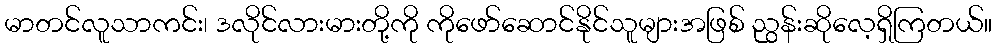
မာတင်လူသာကင်း၊ ဒလိုင်လားမားတို့ကို ကိုဖော်ဆောင်နိုင်သူများအဖြစ် ညွန်းဆိုလေ့ရှိကြတယ်။